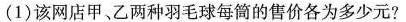
(1)该网店甲、乙两种羽毛球每筒的售价各为多少元?